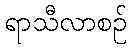
ရာသီလာစဉ်